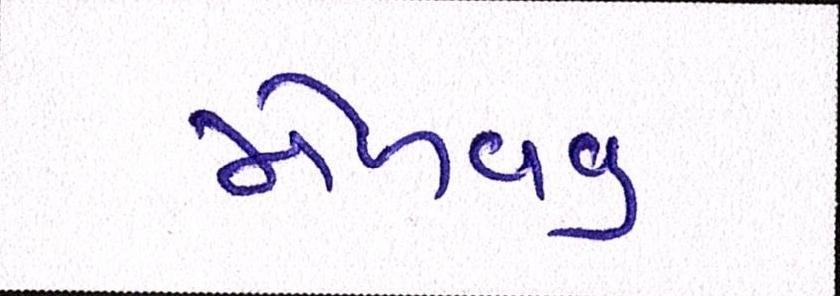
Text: મેળવવું